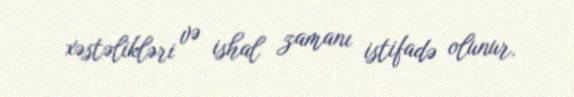
xəstəlikləri və ishal zamanı istifadə olunur.